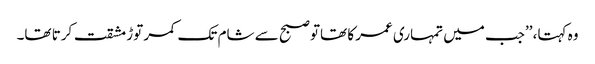
وہ کہتا، ’’جب میں تمہاری عمر کا تھاتو صبح سے شام تک کمر توڑ مشقت کرتا تھا۔